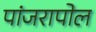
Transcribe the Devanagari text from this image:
पांजरापोल